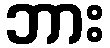
ဘား